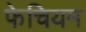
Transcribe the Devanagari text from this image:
फेचियम